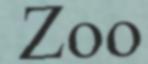
Zoo